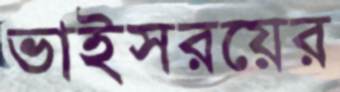
ভাইসরয়ের